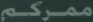
مَرْکَم